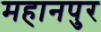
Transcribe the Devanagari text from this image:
महानपुर